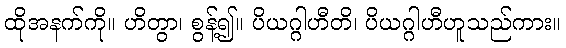
ထိုအနက်ကို။ ဟိတွာ၊ စွန့်၍။ ပိယဂ္ဂါဟီတိ၊ ပိယဂ္ဂါဟီဟူသည်ကား။